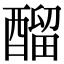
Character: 𨢇